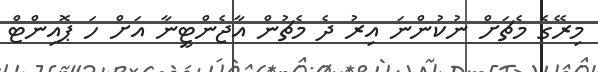
މިރޭގެ މެޗަށް ނުކުންނަ އިރު ދެ މެޗުން އާޖެންޓީނާ އަށް ހަ ޕޮއިންޓް